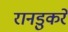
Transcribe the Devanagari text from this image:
रानडुकरें